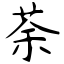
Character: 荼